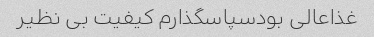
غذاعالی بودسپاسگذارم کیفیت بی نظیر